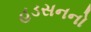
હડસનનો